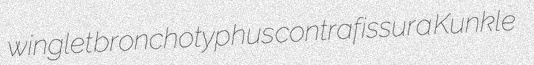
winglet bronchotyphus contrafissura Kunkle